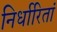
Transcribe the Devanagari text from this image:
निर्धारितां